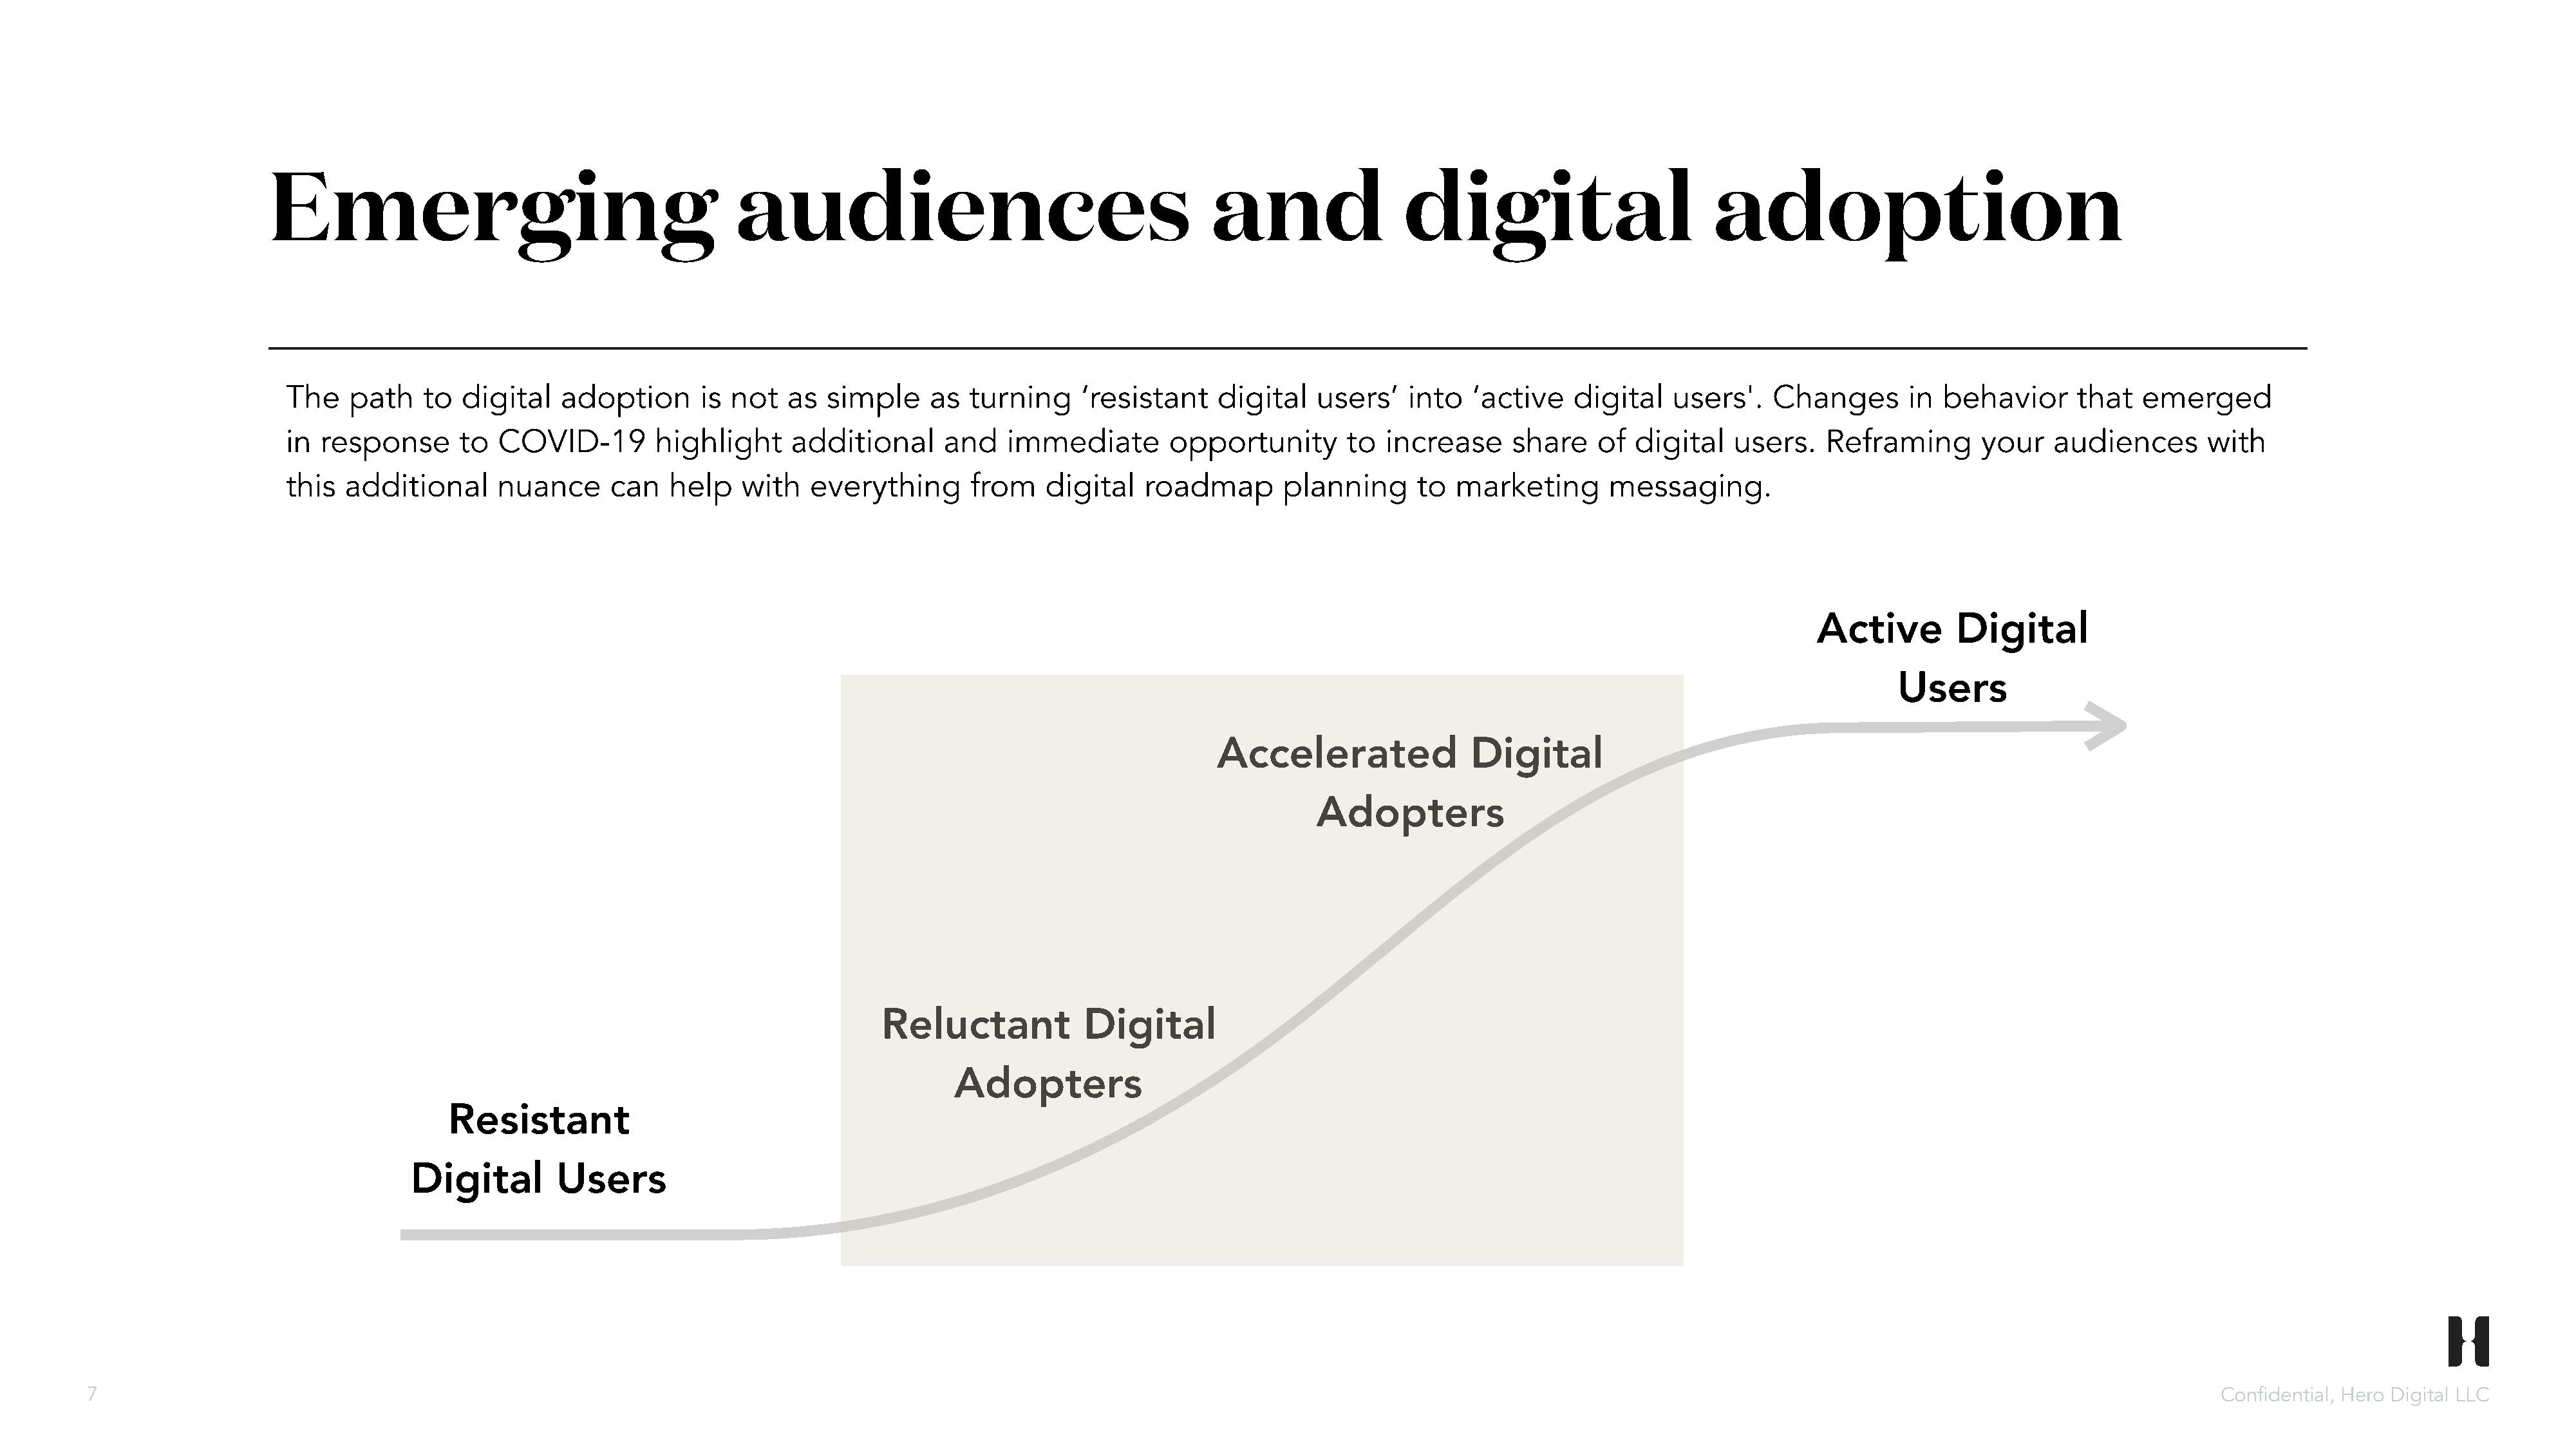
Emerging                                        audiences                                        and                digital                         adoption
 The    path   to  digital    adoption      is not   as  simple     as  turning    ‘resistant    digital   users’    into  ‘active    digital   users'.   Changes       in  behavior      that  emerged
 in  response      to  COVID-19        highlight     additional      and    immediate       opportunity       to  increase     share    of  digital   users.    Reframing       your   audiences       with
 this  additional      nuance      can   help   with   everything       from   digital    roadmap       planning      to  marketing      messaging.
 Active        Digital
 Users
 Accelerated               Digital
 Adopters
 Reluctant           Digital
 Adopters
 Resistant
 Digital        Users
 7                                                                                                                                                                                                                          Confidential, Hero Digital LLC